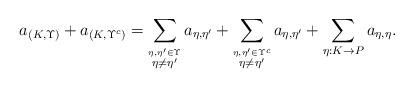
LaTeX: \begin{align*}a_{(K,\Upsilon)} + a_{(K,\Upsilon^c)}= \sum_{\stackrel{\eta,\eta'\in \Upsilon}{\eta\neq \eta'}}a_{\eta,\eta'} + \sum_{\stackrel{\eta,\eta'\in \Upsilon^c}{\eta\neq \eta'}}a_{\eta,\eta'} + \sum_{\eta:K\to P}a_{\eta,\eta}.\end{align*}